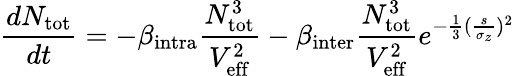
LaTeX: \frac{dN_{\mathrm{{tot}}}}{dt}=-\beta_{\mathrm{intra}}\frac{N_{\mathrm{{tot}}}^{3}}{V_{\mathrm{eff}}^{2}}-\beta_{\mathrm{{inter}}}\frac{N_{\mathrm{tot}}^{3}}{V_{\mathrm{{eff}}}^{2}}e^{-\frac{1}{3}(\frac{s}{\sigma_{z}})^{2}}